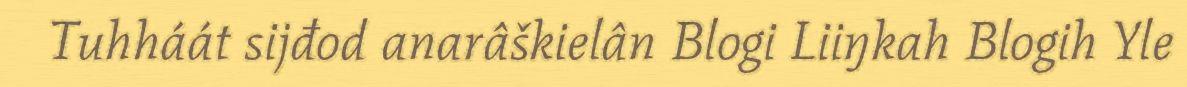
Tuhháát sijđod anarâškielân Blogi Liiŋkah Blogih Yle